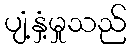
ပျံ့နှံ့မှုသည်